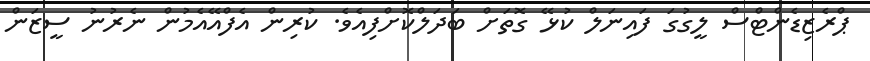
ޕްރެޒިޑެންޓްސް ލީގުގަ ފައިނަލް ކުޅޭ ގޮތަށް ބަދަލްކޮށްފިއެވެ. ކުރިން އެފްއޭއެމުން ނެރުނު ސީޒަން